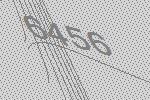
6456